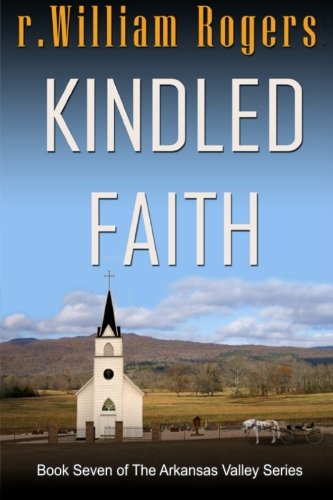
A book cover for Kindled Faith (Arkansas Valley) (Volume 7); r. William Rogers; Christian Books & Bibles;